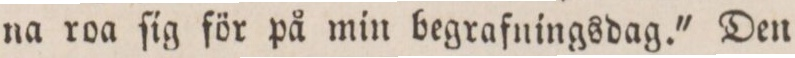
na roa ſig för på min begrafningsdag.' Den